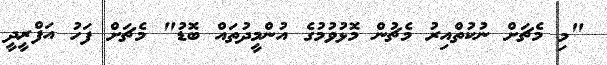
"މި މެޗަށް ނުކުތްއިރު މެޗުން މޮޅުވުމުގެ އުންމީދުތައް ބޮޑު" މެޗަށް ފަހު އަފްރީދީ